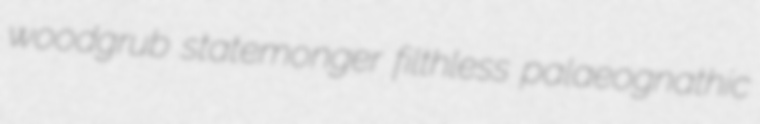
woodgrub statemonger filthless palaeognathic